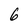
Character: 6